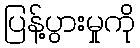
ပြန့်ပွားမှုကို